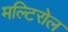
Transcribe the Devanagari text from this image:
मल्टिरोल